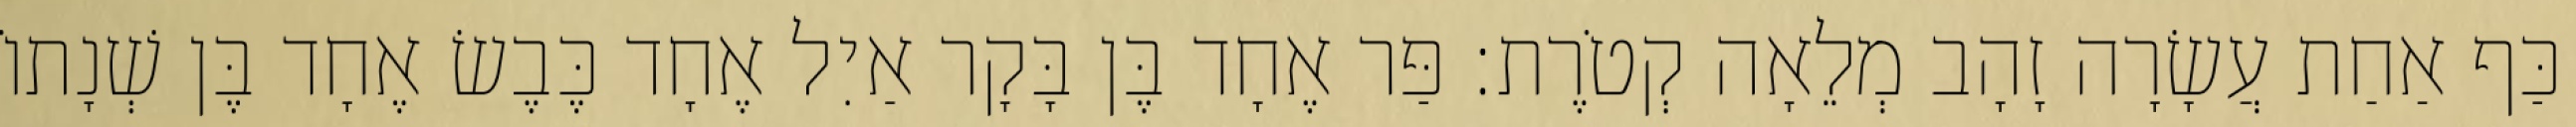
כַּף אַחַת עֲשָׂרָה זָהָב מְלֵאָה קְטֹרֶת׃ פַּר אֶחָד בֶּן בָּקָר אַיִל אֶחָד כֶּבֶשׂ אֶחָד בֶּן שְׁנָתוֹ